Civil Veterinary Department. United Provinces 1932-42 - 1932-1942
Year: 1932
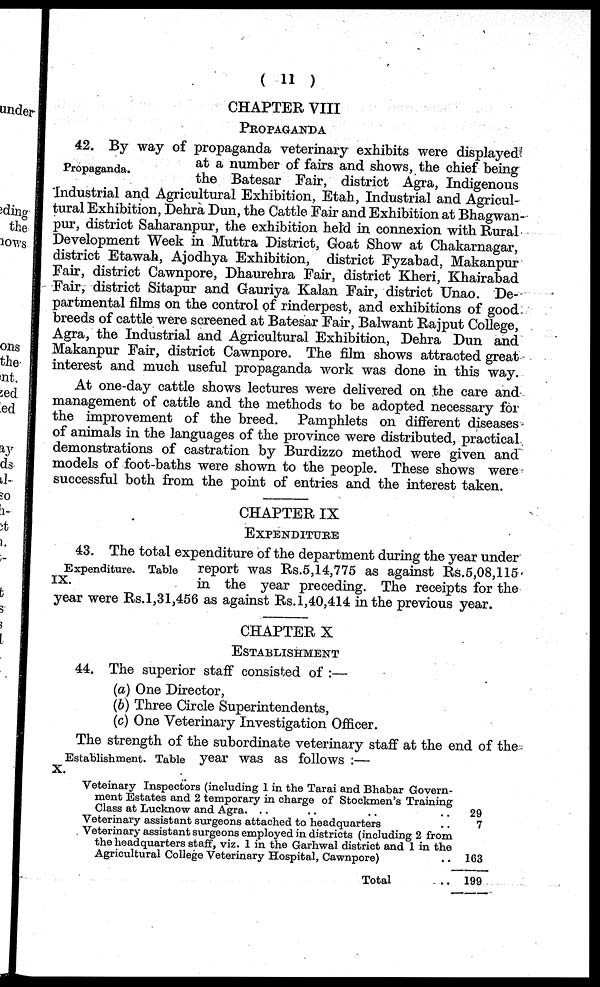
( 11 )
CHAPTER VIII
PROPAGANDA
Propaganda.
42. By way of propaganda veterinary exhibits were displayed
at a number of fairs and shows, the chief being
the Batesar Fair, district Agra, Indigenous
Industrial and Agricultural Exhibition, Etah, Industrial and Agricul-
tural Exhibition, Dehra Dun, the Cattle Fair and Exhibition at Bhagwan-
pur, district Saharanpur, the exhibition held in connexion with Rural
Development Week in Muttra District, Goat Show at Chakarnagar,
district Etawah, Ajodhya Exhibition, district Fyzabad, Makanpur
Fair, district Cawnpore, Dhaurehra Fair, district Kheri, Khairabad
Fair, district Sitapur and Gauriya Kalan Fair, district Unao. De-
partmental films on the control of rinderpest, and exhibitions of good
breeds of cattle were screened at Batesar Fair, Balwant Rajput College,
Agra, the Industrial and Agricultural Exhibition, Dehra Dun and
Makanpur Fair, district Cawnpore. The film shows attracted great
interest and much useful propaganda work was done in this way.
At one-day cattle shows lectures were delivered on the care and
management of cattle and the methods to be adopted necessary for
the improvement of the breed. Pamphlets on different diseases
of animals in the languages of the province were distributed, practical
demonstrations of castration by Burdizzo method were given and
models of foot-baths were shown to the people. These shows were
successful both from the point of entries and the interest taken.
CHAPTER IX
EXPENDITURE
Expenditure. Table
IX.
43. The total expenditure of the department during the year under
report was Rs.5,14,775 as against Rs.5,08,115
in the year preceding. The receipts for the
year were Rs.l,31,456 as against Rs.1,40,414 in the previous year.
CHAPTER X
ESTABLISHMENT
44. The superior staff consisted of:—
(a) One Director,
(b) Three Circle Superintendents,
(c) One Veterinary Investigation Officer.
The strength of the subordinate veterinary staff at the end of the
Establishment. Table year was as
follows:—
X. Veteinary Inspectors (including 1 in the Tarai and Bhabar Govern-
ment Estates and 2 temporary in charge of Stockmen's Training
Class at Lucknow and Agra. .. .. .. ..
Veterinary assistant surgeons attached to headquarters ..
Veterinary assistant surgeons employed in districts (including 2 from
the headquarters staff, viz. 1 in the Garhwal district and 1 in the
Agricultural College Veterinary Hospital, Cawnpore) ..
Total ..
29
7
163
199